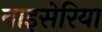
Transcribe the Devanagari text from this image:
नाइसेरिया